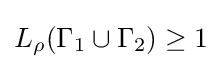
L_{\rho }(\Gamma _{1}\cup \Gamma _{2})\geq 1